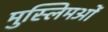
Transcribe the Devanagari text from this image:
मुस्लिमओं